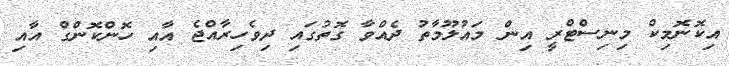
އިކޮނޮމިކް މިނިސްޓްރީ އިން މައުލޫމާތު ދެއްވާ ގޮތުގައި ދިވެހިރާއްޖެ އާއި ހޮންކޮންގް އާއި